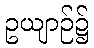
ဥယျာဉ်၌